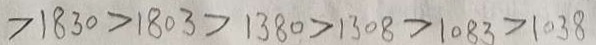
> 1 8 3 0 > 1 8 0 3 > 1 3 8 0 > 1 3 0 8 > 1 0 8 3 > 1 0 3 8